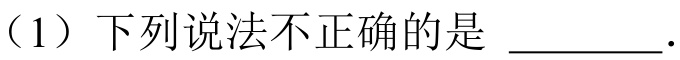
（1）下列说法不正确的是 \(\underline{\quad\quad}\).